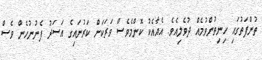
ތުންފަތުގައި ހިނިތުންވުމެއް ދުވެލިއެވެ. އެއާއެކު ކޮންމެވެސް ވަރަކަށް ކަރުނައިގެ އަސަރު ފެނުނުހެން ވެސް